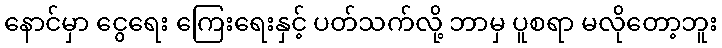
နောင်မှာ ငွေရေး ကြေးရေးနှင့် ပတ်သက်လို့ ဘာမှ ပူစရာ မလိုတော့ဘူး